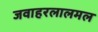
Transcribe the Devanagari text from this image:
जवाहरलालमल